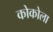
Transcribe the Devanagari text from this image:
कोकोला